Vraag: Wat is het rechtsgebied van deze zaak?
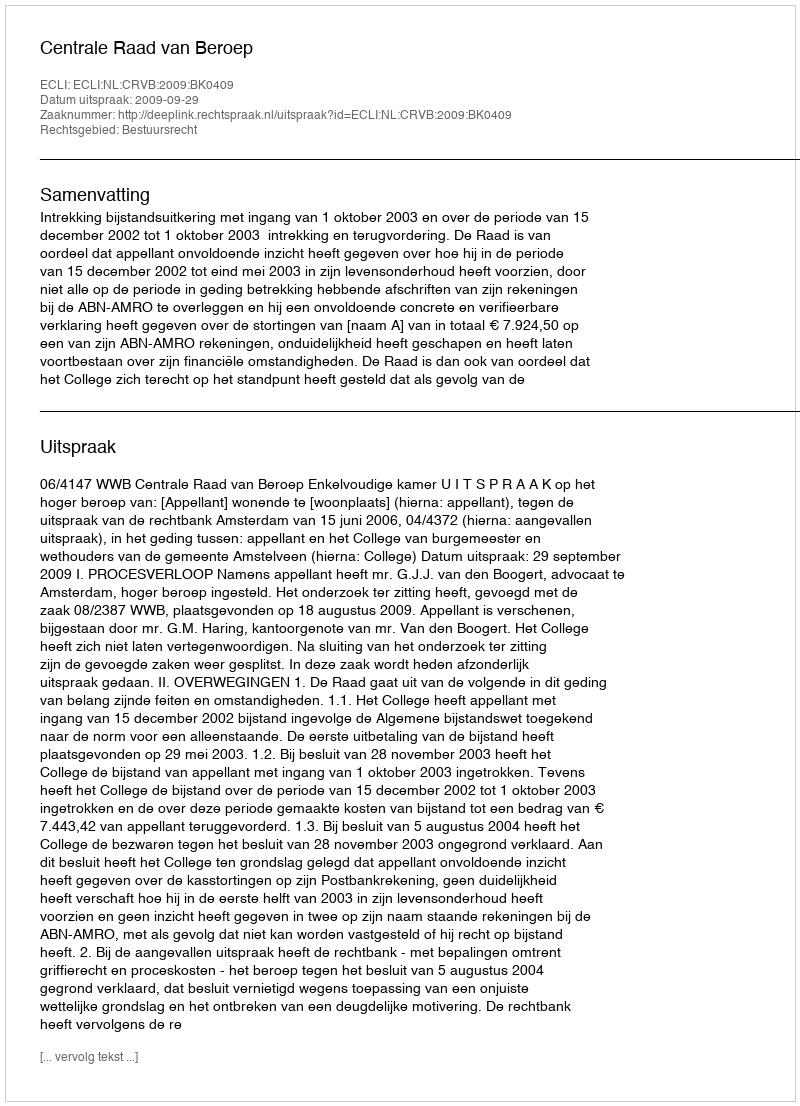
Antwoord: Bestuursrecht